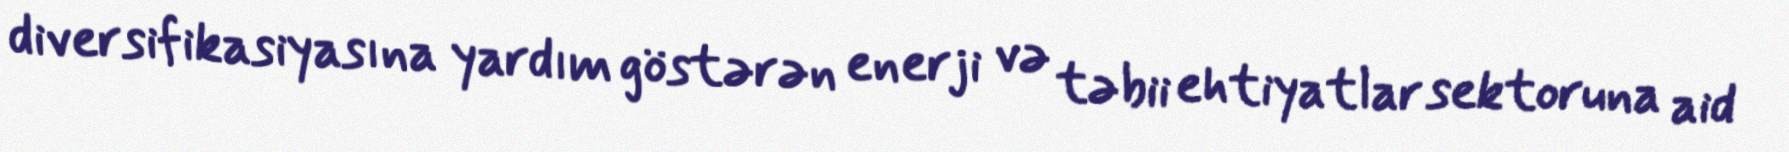
diversifikasiyasına yardım göstərən enerji və təbii ehtiyatlar sektoruna aid